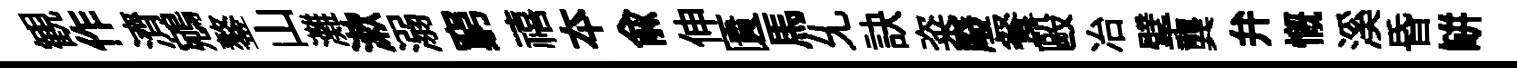
観作濟鵷鏊山灘漱溺窮禧夲兪伸匱馬𠃔訣粢廢餐毆冶擘龔弁慨溪昏缾